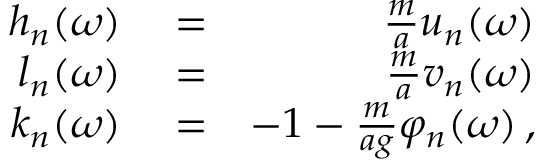
\begin{array} { r l r } { h _ { n } ( \omega ) } & { { } = } & { \frac { m } { a } u _ { n } ( \omega ) } \\ { l _ { n } ( \omega ) } & { { } = } & { \frac { m } { a } v _ { n } ( \omega ) } \\ { k _ { n } ( \omega ) } & { { } = } & { - 1 - \frac { m } { a g } \varphi _ { n } ( \omega ) \, , } \end{array}